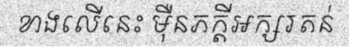
ខាងលើនេះ ម៉ឺនភក្តីអក្សរតន់